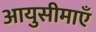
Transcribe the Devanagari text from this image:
आयुसीमाएँ